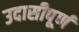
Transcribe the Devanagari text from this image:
उदासीपूर्ण